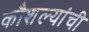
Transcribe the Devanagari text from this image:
कौशल्यांची